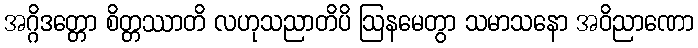
အဂ္ဂိဒတ္တော စိတ္တဿာတိ လဟုသညာတိပိ ဩနမေတွာ သမာသနော အဝိညာဏော